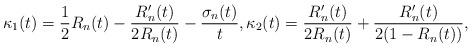
LaTeX: \begin{align*}\begin{aligned}\kappa_1(t)=\frac{1}{2}R_n(t)-\frac{R_n'(t)}{2R_n(t)}-\frac{\sigma _n(t)}{t},\kappa_2(t)=\frac{R_n'(t)}{2 R_n(t)}+\frac{R_n'(t)}{2(1-R_n(t))},\end{aligned}\end{align*}